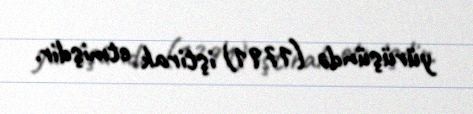
yürüşündə (1791) iştirak etmişdir.